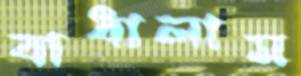
বাধালাম